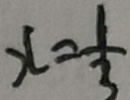
x = \frac { 1 } { 3 }